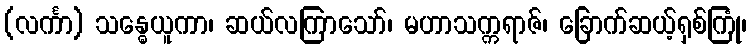
(လင်္ကာ) သန္ဓေယူကာ၊ ဆယ်လကြာသော်၊ မဟာသက္ကရာဇ်၊ ခြောက်ဆယ့်ရှစ်ကြုံ၊